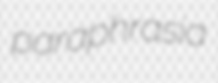
paraphrasia